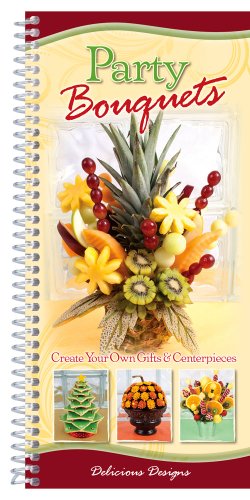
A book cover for Party Bouquets; CQ Products; Cookbooks, Food & Wine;